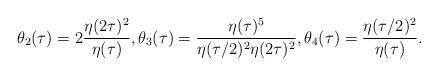
LaTeX: \begin{align*}\theta_2(\tau)=2\frac{\eta(2\tau)^2}{\eta(\tau)}, \theta_3(\tau)=\frac{\eta(\tau)^5}{\eta(\tau/2)^2\eta(2\tau)^2}, \theta_4(\tau)=\frac{\eta(\tau/2)^2}{\eta(\tau)}. \end{align*}